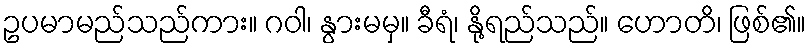
ဥပမာမည်သည်ကား။ ဂဝါ၊ နွားမမှ။ ခီရံ၊ နို့ရည်သည်။ ဟောတိ၊ ဖြစ်၏။